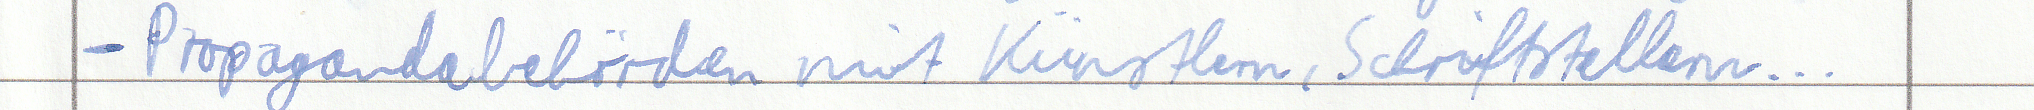
- Propagandabehörden mit Künstlern, Schriftstellern...